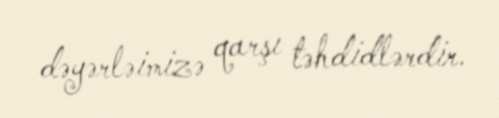
dəyərləimizə qarşı təhdidlərdir.